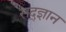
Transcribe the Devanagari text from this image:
सद्ज्ञान